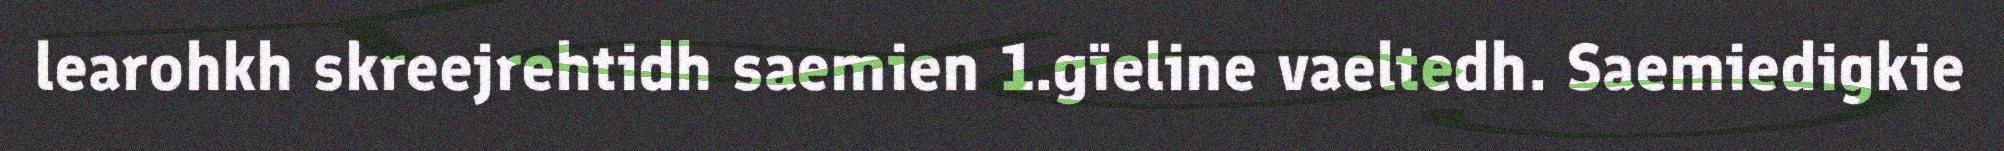
learohkh skreejrehtidh saemien 1.gïeline vaeltedh. Saemiedigkie